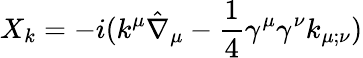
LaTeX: X_{k}=-i(k^{\mu}\hat{\nabla}_{\mu}-{\frac{1}{4}}\gamma^{\mu}\gamma^{\nu}k_{\mu;\nu})